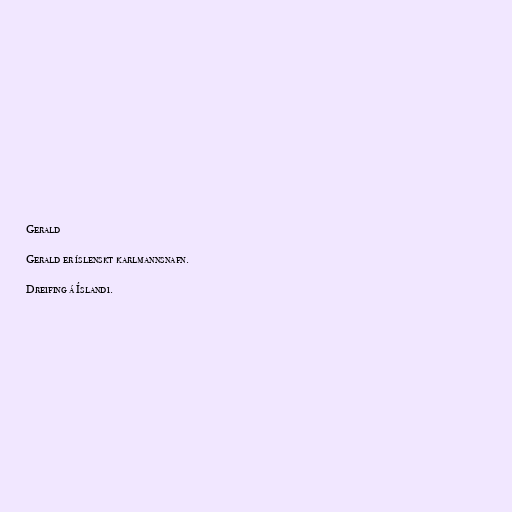
Gerald

Gerald er íslenskt karlmannsnafn.

Dreifing á Íslandi.